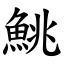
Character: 鮡